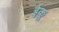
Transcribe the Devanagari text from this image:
ईकू